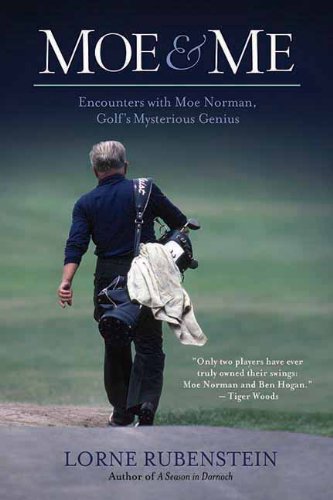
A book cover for Moe & Me: Encounters with Moe Norman, Golf's Mysterious Genius; Lorne Rubenstein; Biographies & Memoirs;